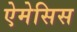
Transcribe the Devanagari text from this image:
ऐमेसिस